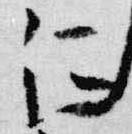
仁